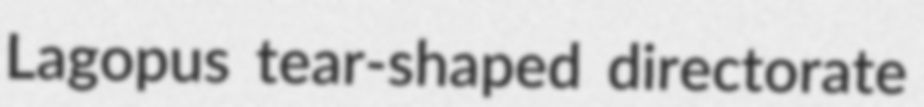
Lagopus tear-shaped directorate